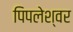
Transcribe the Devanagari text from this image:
पिपलेश्वर